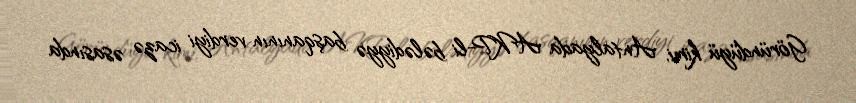
Göründüyü kimi, Antalyada AKP-li bələdiyyə başqanının verdiyi icazə əsasında